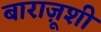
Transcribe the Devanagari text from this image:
बाराज़ूशी